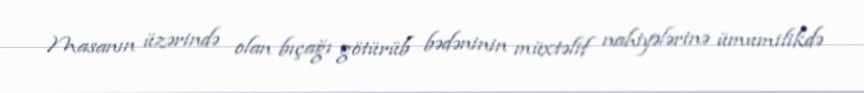
Masanın üzərində olan bıçağı götürüb bədəninin müxtəlif nahiyələrinə ümumilikdə